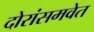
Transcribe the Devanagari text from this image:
दोरांसमवेत